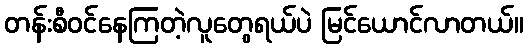
တန်းစီဝင်နေကြတဲ့လူတွေရယ်ပဲ မြင်ယောင်လာတယ်။